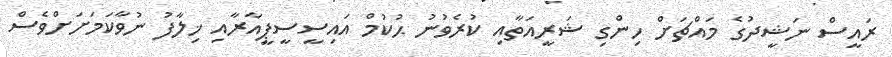
ރައީސް ނަޝީދުގެ މައްޗަށް ހިންގި ޝަރީއަތާއި ކުރެވުނު ޙުކުމް އައިސީސީޕީއާރާއި ޚިލާފު ނުވާކަމަށަށްވެސް